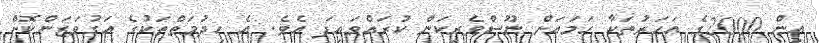
އިން 2000ގެ އަހަރުތަކާ ހަމައަށް ނޫސްވެރިކަން ކުރައްވައިފަ އެވެ. އެ ހިދުމަތްތަކުގެ އަގުވަޒަންކޮށް